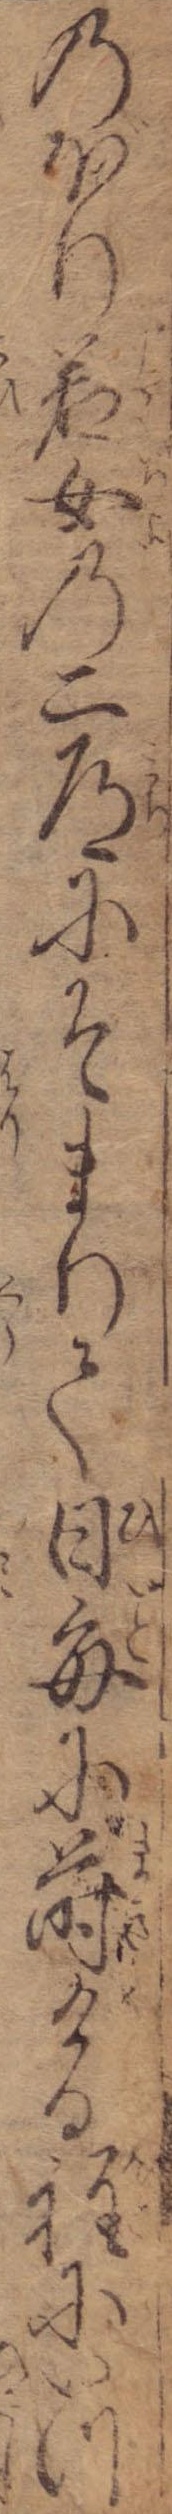
のぼり若女の二道にそまりて日毎に蒔ける程にいつ